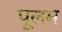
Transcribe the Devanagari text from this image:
पूलम